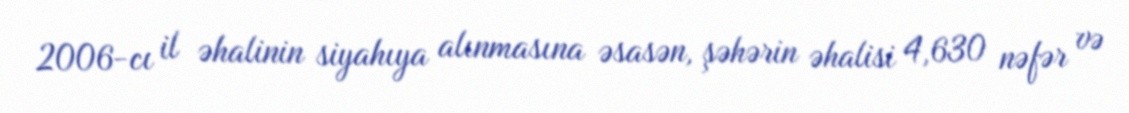
2006-cı il əhalinin siyahıya alınmasına əsasən, şəhərin əhalisi 4,630 nəfər və